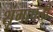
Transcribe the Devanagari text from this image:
शृंगापत्ती